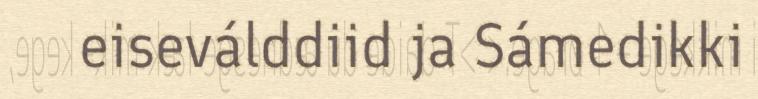
eiseválddiid ja Sámedikki